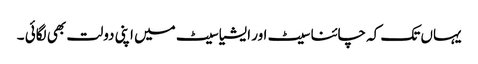
یہاں تک کہ چائنا سیٹ اور ایشیا سیٹ میں اپنی دولت بھی لگائی ۔